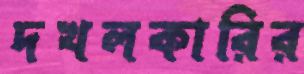
দখলকারির